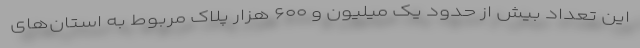
این تعداد بیش از حدود یک میلیون و ۶۰۰ هزار پلاک مربوط به استان‌های